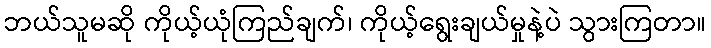
ဘယ်သူမဆို ကိုယ့်ယုံကြည်ချက်၊ ကိုယ့်ရွေးချယ်မှုနဲ့ပဲ သွားကြတာ။